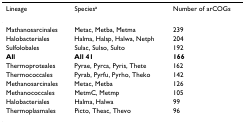
| Lineage | Speciesa | Number of arCOGs |
 | --- | --- | --- |
 | Mathanosarcinales | Metac, Metba, Metma | 239 |
 | Halobacteriales | Halma, Halsp, Halwa, Netph | 204 |
 | Sulfolobales | Sulac, Sulso, Sulto | 192 |
 | All | All 41 | 166 |
 | Thermoproteales | Pyrae, Pyrca, Pyris, Thete | 162 |
 | Thermococcales | Pyrab, Pyrfu, Pyrho, Theko | 142 |
 | Methanosarcinales | Metac, Metba | 126 |
 | Methanococcales | MetmC, Metmp | 105 |
 | Halobacteriales | Halma, Halwa | 99 |
 | Thermoplasmales | Picto, Theac, Thevo | 96 |